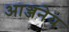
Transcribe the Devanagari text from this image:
आञ्जनेय